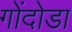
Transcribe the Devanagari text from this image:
गोंदोडा